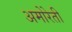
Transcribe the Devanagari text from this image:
अमोरेती